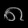
Digit: ၈